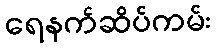
ရေနက်ဆိပ်ကမ်း